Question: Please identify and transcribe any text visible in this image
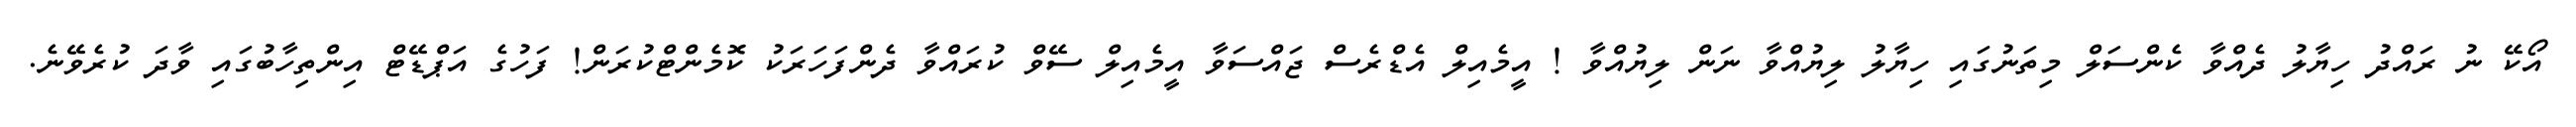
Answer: އޯކޭ ނު ރައްދު ހިޔާލު ދެއްވާ ކެންސަލް މިތަނުގައި ހިޔާލު ލިޔުއްވާ ނަން ލިޔުއްވާ ! އީމެއިލް އެޑްރެސް ޖައްސަވާ އީމެއިލް ސޭވް ކުރައްވާ ދެންފަހަރަކު ކޮމެންޓްކުރަން! ފަހުގެ އަޕްޑޭޓް އިންތިހާބުގައި ވާދަ ކުރެވޭނެ.